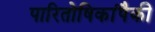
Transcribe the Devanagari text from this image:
पारितोषिकांपैकी